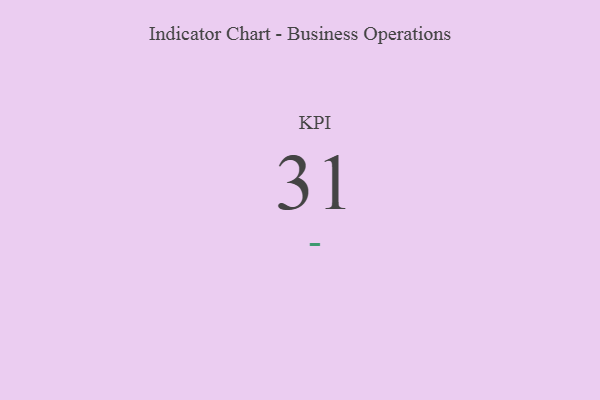
{"axis": {"x": "KPI", "y": "Value"}, "legend": [""], "data": [{"x": "KPI", "y": 31, "type": ""}]}